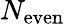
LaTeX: N_{\mathrm{even}}